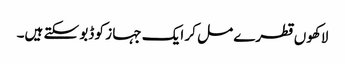
لاکھوں قطرے مل کر ایک جہا ز کو ڈبو سکتے ہیں۔